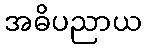
အဓိပညာယ